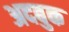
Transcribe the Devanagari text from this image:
अदबुक